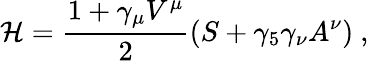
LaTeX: {\cal{H}}=\frac{1+\gamma_{\mu}V^{\mu}}{2}\left(S+\gamma_{5}\gamma_{\nu}A^{\nu}\right)\ ,